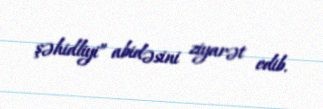
şəhidliyi” abidəsini ziyarət edib.